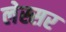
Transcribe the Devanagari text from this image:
लेस्सर